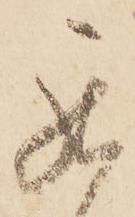
罷